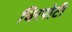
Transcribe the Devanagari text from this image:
चिरपोटी